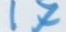
17